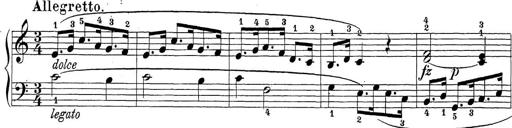
Title: Sonatina Album
Composer: Louis KÃ¶hler